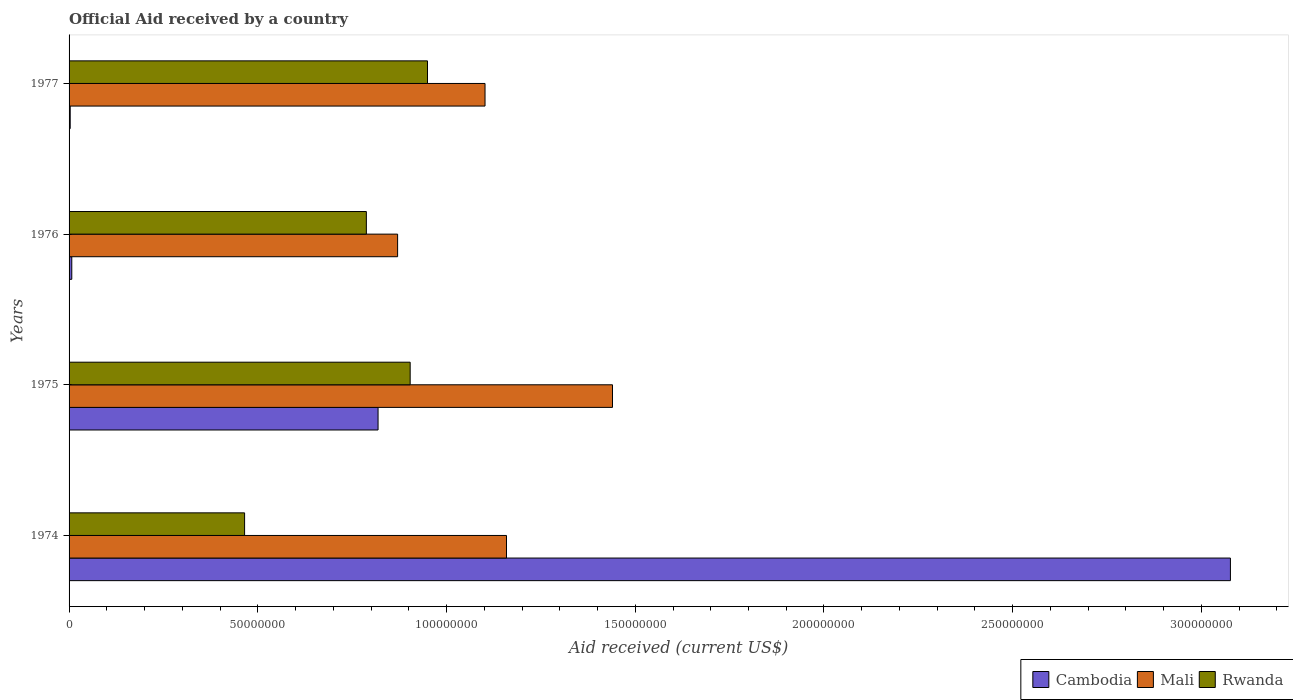
| Years | Cambodia | Mali | Rwanda |
 | --- | --- | --- | --- |
 | 1974 | 3.08e+08 | 1.16e+08 | 4.65e+07 |
 | 1975 | 8.19e+07 | 1.44e+08 | 9.04e+07 |
 | 1976 | 7.2e+05 | 8.7e+07 | 7.88e+07 |
 | 1977 | 3e+05 | 1.1e+08 | 9.5e+07 |